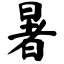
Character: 暑